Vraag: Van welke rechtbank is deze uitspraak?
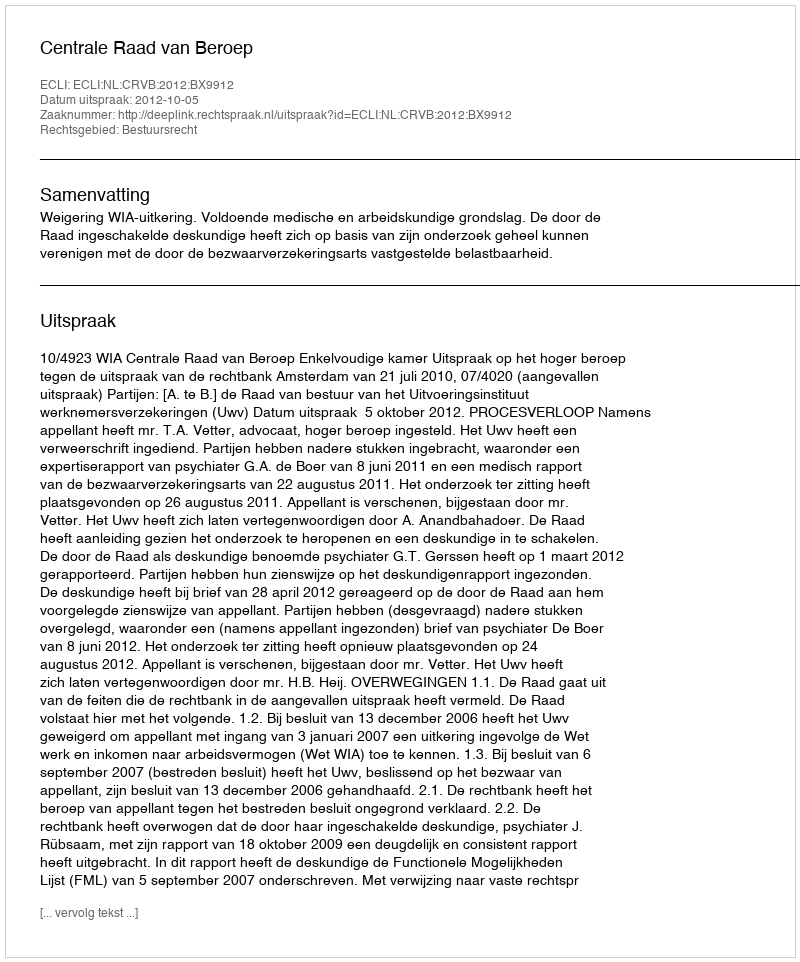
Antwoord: Centrale Raad van Beroep